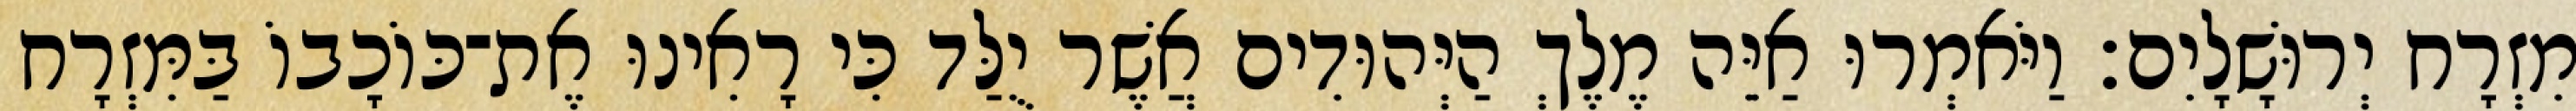
מִזְרָח יְרוּשָׁלָיִם׃ וַיֹּאמְרוּ אַיֵּה מֶלֶךְ הַיְּהוּדִים אֲשֶׁר יֻלַּד כִּי רָאִינוּ אֶת־כּוֹכָבוֹ בַּמִּזְרָח